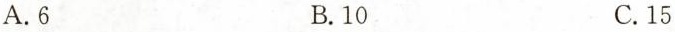
A. 6 B. 10 C. 15